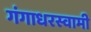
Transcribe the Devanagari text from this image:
गंगाधरस्वामी